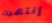
إنتهيت